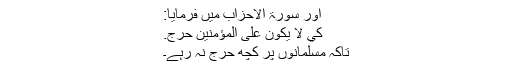
اور سورۃ الاحزاب میں فرمایا:
كَيْ لَا يَكُونَ عَلَى الْمُؤْمِنِينَ حَرَجٌ.
تاکہ مسلمانوں پر کچھ حرج نہ رہے۔